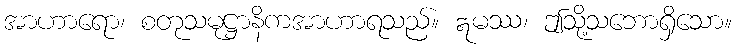
အာဟာရော၊ စတုသမုဋ္ဌာနိကအာဟာရသည်။ ဣမဿ၊ ဤသို့သဘောရှိသော။